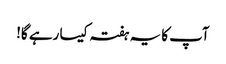
آپ کا یہ ہفتہ کیسا رہے گا!